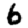
Digit: 6